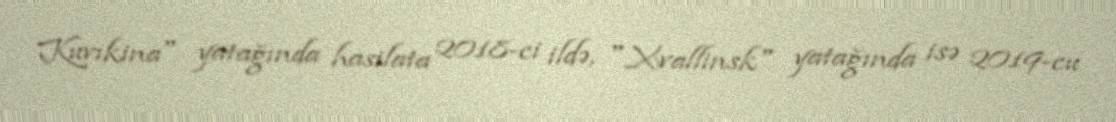
Kuvıkina" yatağında hasilata 2018-ci ildə, "Xvallinsk" yatağında isə 2019-cu